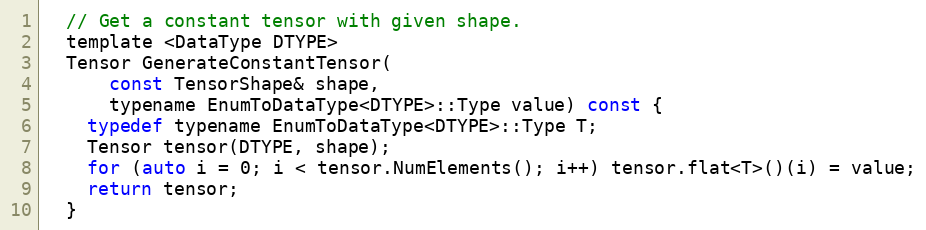
Language: C
  // Get a constant tensor with given shape.
  template <DataType DTYPE>
  Tensor GenerateConstantTensor(
      const TensorShape& shape,
      typename EnumToDataType<DTYPE>::Type value) const {
    typedef typename EnumToDataType<DTYPE>::Type T;
    Tensor tensor(DTYPE, shape);
    for (auto i = 0; i < tensor.NumElements(); i++) tensor.flat<T>()(i) = value;
    return tensor;
  }